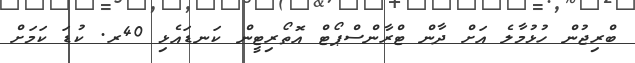
ބްރިޖުން ހުޅުމާލެ އަށް ދާން ޓްރާންސްޕޯޓް އޮތޯރިޓީން ކަނޑައެޅި 40ރ. ކުޑަ ކަމަށް